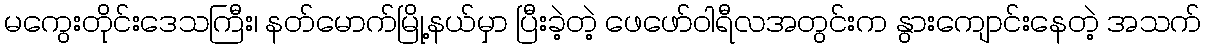
မကွေးတိုင်းဒေသကြီး၊ နတ်မောက်မြို့နယ်မှာ ပြီးခဲ့တဲ့ ဖေဖော်ဝါရီလအတွင်းက နွားကျောင်းနေတဲ့ အသက်